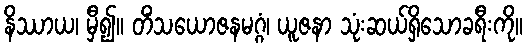
နိဿာယ၊ မှီ၍။ တိံသယောဇနမဂ္ဂံ၊ ယူဇနာ သုံးဆယ်ရှိသောခရီးကို။